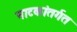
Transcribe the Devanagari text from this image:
नाटकांतर्गत